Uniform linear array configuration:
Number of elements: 8
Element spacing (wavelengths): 0.75
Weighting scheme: cosine
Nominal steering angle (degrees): -15
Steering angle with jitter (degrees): -15.416
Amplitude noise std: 0.05
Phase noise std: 0.05

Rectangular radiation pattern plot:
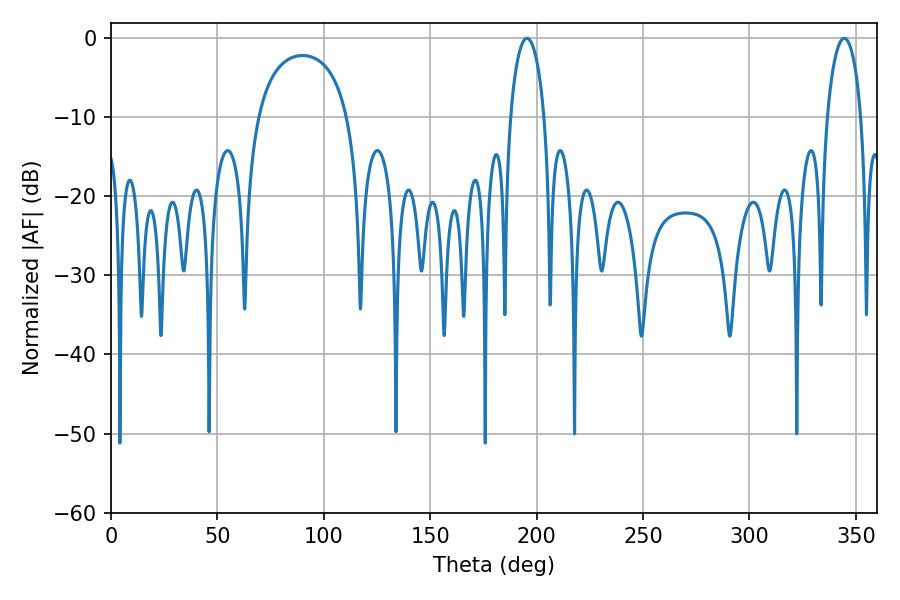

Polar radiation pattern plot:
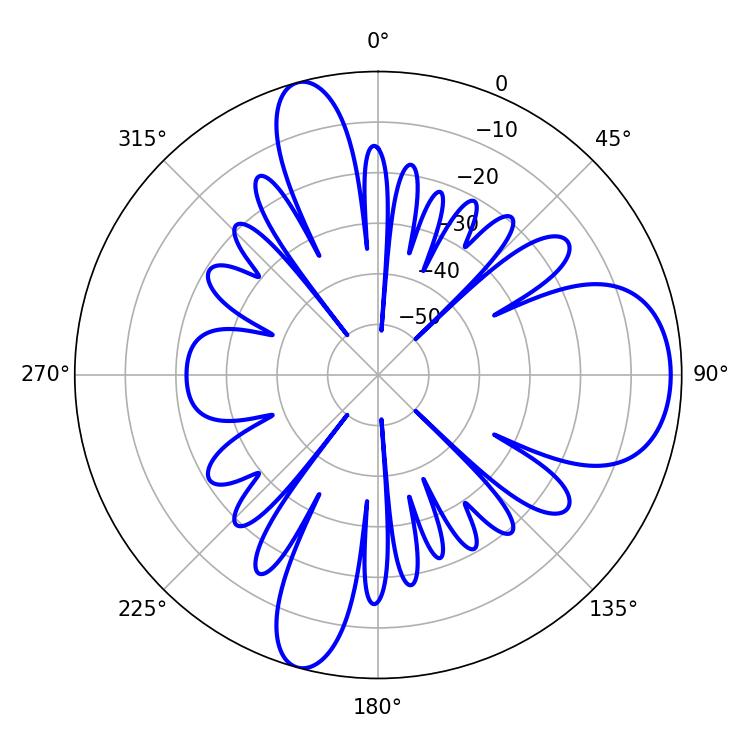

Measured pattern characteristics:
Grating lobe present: TRUE
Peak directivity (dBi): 9.712
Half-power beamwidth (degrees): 9
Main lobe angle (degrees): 195.48